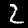
Digit: 2